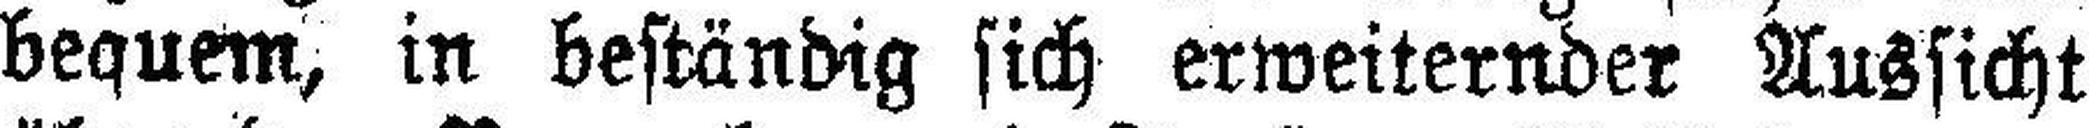
bequem, in beständig sich erweiternder Aussicht